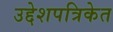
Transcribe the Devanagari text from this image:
उद्देशपत्रिकेत